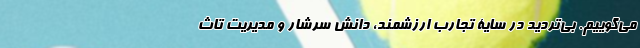
می‌گوییم. بی‌تردید در سایۀ تجارب ارزشمند، دانش سرشار و مدیریت تاث